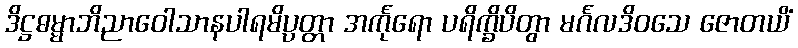
ဒိဋ္ဌဓမ္မာဘိညာဝေါသာနပါရမိပ္ပတ္တာ အင်္ကုရော ပရိက္ခိပိတွာ မင်္ဂလဒိဝသေ ဇောတယိံ